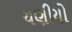
ચણીયો